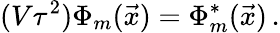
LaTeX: (V\tau^{2})\Phi_{m}({\vec{x}})=\Phi_{m}^{\ast}({\vec{x}})\, .